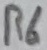
Text: R6